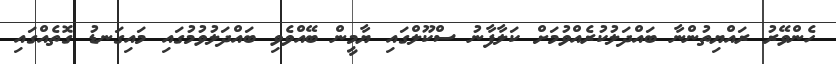
ހެންވޭރު ރައްޔިތުންނާ ބައްދަލުކުރެއްވުމަށް ކަލާފާނު ސްކޫލްގައި ޔާމީން ބޭއްވެވި ބައްދަލުވުމުގައި މައިގަނޑު ގޮތެއްގައި